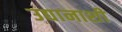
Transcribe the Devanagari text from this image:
उद्यानाशी